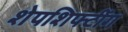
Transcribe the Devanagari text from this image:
शेपशिफ्टींग